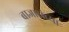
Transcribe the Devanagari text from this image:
बाजारांच्या